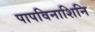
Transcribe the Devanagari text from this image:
पापविनाशिनि